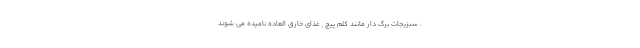
. سبزیجات برگ دار مانند کلم پیچ , غذای خارق العاده نامیده می شوند